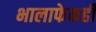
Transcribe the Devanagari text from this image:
भालाफेकही